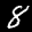
Label: 8